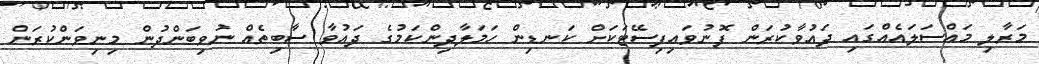
މަރާލި މައްސަލައެއްގައި ދައުވާކުރަން ފޮނުވައިފިސޭޓަކަށް ކަނޑިން ހަމަލާދިންކަމުގެ ދައުވާ ސާބިތެއް ނުވިބަންދުން މިނިވަންކުރަން